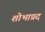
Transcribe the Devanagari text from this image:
शोभाप्रद